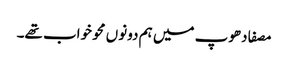
مصفا دھوپ میں ہم دونوں محو خواب تھے۔